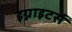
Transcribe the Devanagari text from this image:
इग्नाइटर्स